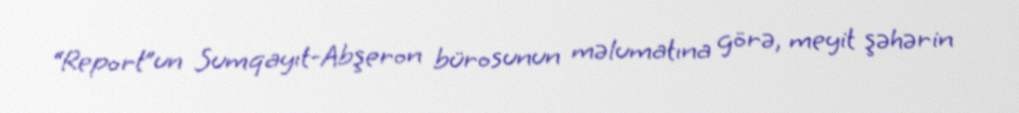
“Report”un Sumqayıt-Abşeron bürosunun məlumatına görə, meyit şəhərin